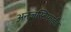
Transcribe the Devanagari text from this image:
अनजस्टिफाईड